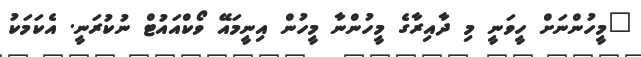
"މީހުންނަށް ހީވަނީ މި ދާއިރާގެ މީހުންނާ މީހުން އިނީމައޭ ވޯކްއައުޓް ނުކުރަނީ. އެކަމަކު